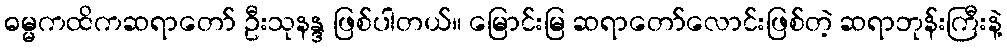
ဓမ္မကထိကဆရာတော် ဦးသုနန္ဒ ဖြစ်ပါတယ်။ မြောင်းမြ ဆရာတော်လောင်းဖြစ်တဲ့ ဆရာဘုန်းကြီးနဲ့